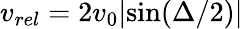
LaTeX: v_{rel}=2v_{0}|\mathrm{sin}(\Delta/2)|